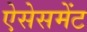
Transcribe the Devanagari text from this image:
ऐसेसमेंट